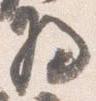
将